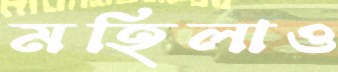
মহিলাও